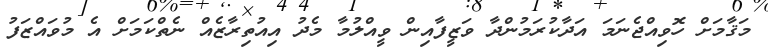
މަޤާމަށް ހޮވިއްޖެނަމަ އަދާކުރަމުންދާ ވަޒީފާއިން ވީއްލުމާ މެދު އިއުތިރާޒެއް ނެތްކަމަށް އެ މުވައްޒަފު